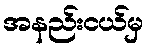
အနည်းငယ်မှ